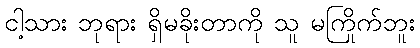
ငါ့သား ဘုရား ရှိမခိုးတာကို သူ မကြိုက်ဘူး